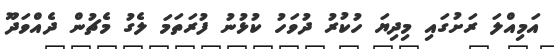
އަމިއްލަ ރަށުގައި މިދިޔަ ހުކުރު ދުވަހު ކުޅުނު ފުރަތަމަ ލެގު މެޗުން ދެއްވަދޫ